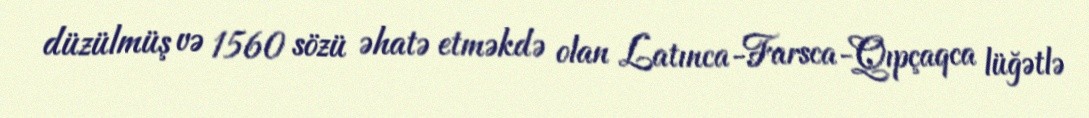
düzülmüş və 1560 sözü əhatə etməkdə olan Latınca-Farsca-Qıpçaqca lüğətlə